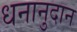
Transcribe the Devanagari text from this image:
धनानुदान